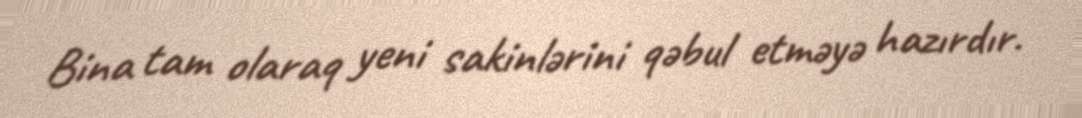
Bina tam olaraq yeni sakinlərini qəbul etməyə hazırdır.